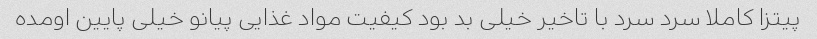
پیتزا کاملا سرد سرد با تاخیر خیلی بد بود کیفیت مواد غذایی پیانو خیلی پایین اومده